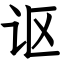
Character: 讴